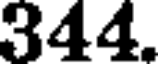
344.